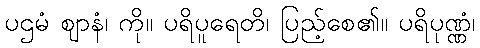
ပဌမံ ဈာနံ၊ ကို။ ပရိပူရေတိ၊ ပြည့်စေ၏။ ပရိပုဏ္ဏံ၊